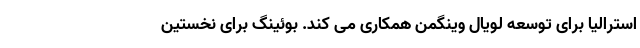
استرالیا برای توسعه لویال وینگمن همکاری می کند. بوئینگ برای نخستین